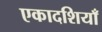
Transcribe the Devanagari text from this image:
एकादशियाँ